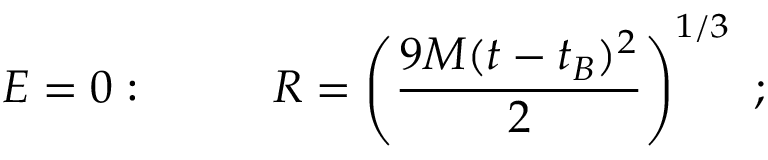
E = 0 : ~ ~ ~ ~ ~ ~ ~ ~ R = \left( { \frac { 9 M ( t - t _ { B } ) ^ { 2 } } { 2 } } \right) ^ { 1 / 3 } ~ ;